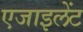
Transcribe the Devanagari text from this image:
एजाइलेंट